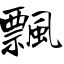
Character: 飄